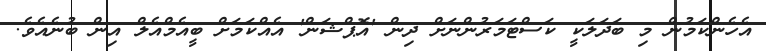
އެހެންކަމުން މި ބަދަލަކީ ކަސްޓަމަރުންނަށް ދިން 'އޮޕްޝަން' އެއްކަމަށް ބީއެމްއެލް އިން ބުނެއެވެ.